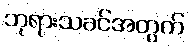
ဘုရားသခင်အတွက်